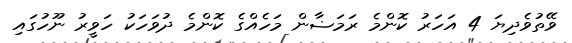
ވޭތުވެދިޔަ 4 އަހަރު ކޮންމެ ރަމަޟާން މަހެއްގެ ކޮންމެ ދުވަހަކު ހަވީރު ނޫހުގައި